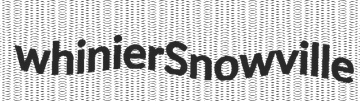
whinier Snowville